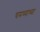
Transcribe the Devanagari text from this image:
चमच्याच्या